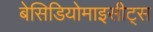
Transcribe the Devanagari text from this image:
बेसिडियोमाइसीट्स